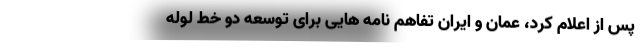
پس از اعلام کرد، عمان و ایران تفاهم نامه هایی برای توسعه دو خط لوله